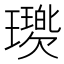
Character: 𤪵